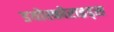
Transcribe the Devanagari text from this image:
डयोस्कोराइड्स